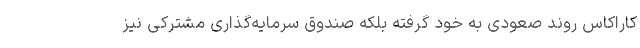
کاراکاس روند صعودی به خود گرفته بلکه صندوق سرمایه‌گذاری مشترکی نیز